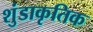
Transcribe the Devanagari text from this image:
शुंडाकृतिक